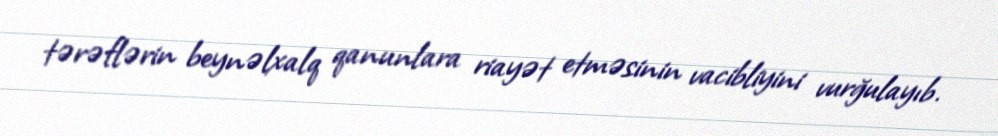
tərəflərin beynəlxalq qanunlara riayət etməsinin vacibliyini vurğulayıb.